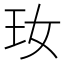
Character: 𤣷